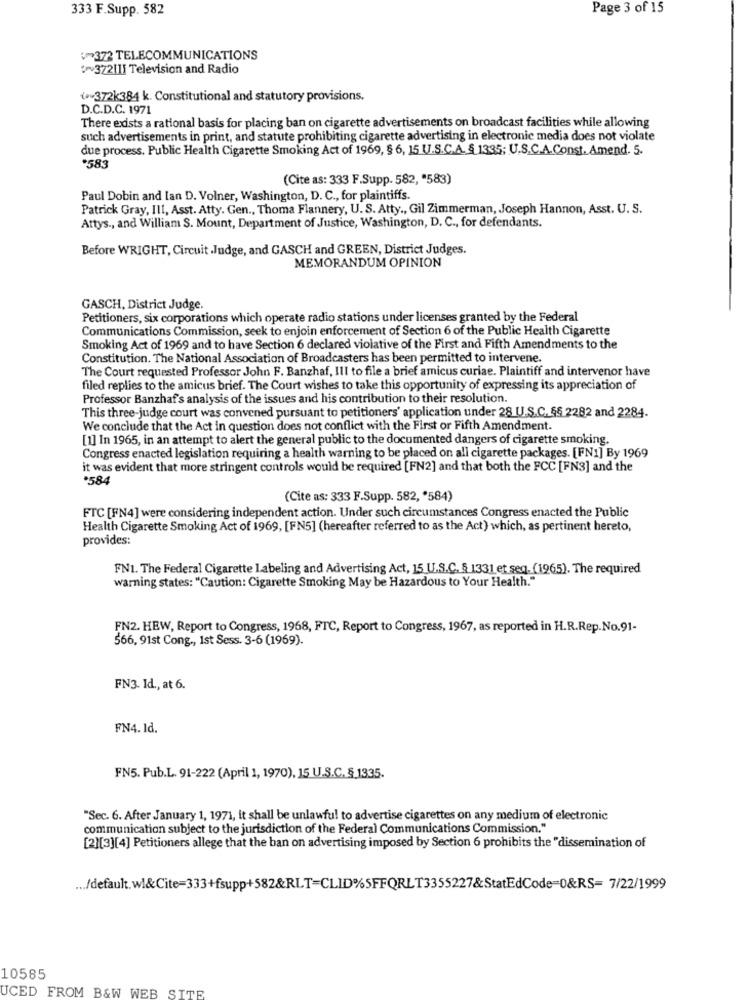
333 F.Supp. 582
Page 3 of 15
1372 TELECOMMUNICATIONS
:~ 372[1] Television and Radio
(-372k384 k. Constitutional and statutory provisions.
D.C.D.C. 1971
There exists a rational basis for placing ban on cigarette advertisements on broadcast facilities while allowing
such advertisements in print, and statute prohibiting cigarette advertising in electronic media does not violate
due process. Public Health Cigarette Smoking Act of 1969, § 6, 15 U.S.C.A. § 1335; U.S.C.A.Const. Amend. 5.
*583
(Cite as: 333 F.Supp. 582, "583)
Paul Dobin and lan D. Volner, Washington, D. C ., for plaintiffs.
Patrick Gray, III, Asst. Atty. Gen ., Thoma Flannery, U. S. Atty ., Gil Zimmerman, Joseph Hannon, Asst. U. S.
Attys ., and William S. Mount, Department of Justice, Washington, D. C ., for defendants.
Before WRIGHT, Circuit Judge, and GASCH and GREEN, District Judges.
MEMORANDUM OPINION
GASCH, District Judge.
Petitioners, six corporations which operate radio stations under licenses granted by the Federal
Communications Commission, seek to enjoin enforcement of Section 6 of the Public Health Cigarette
Smoking Act of 1969 and to have Section 6 declared violative of the First and Fifth Amendments to the
Constitution. The National Association of Broadcasters has been permitted to intervene.
The Court requested Professor John F. Banzhaf, Ill to file a brief amicus curiae. Plaintiff and intervenor have
filed replies to the amicus brief. The Court wishes to take this opportunity of expressing its appreciation of
Professor Banzhaf's analysis of the issues and his contribution to their resolution.
This three-judge court was convened pursuant to petitioners' application under 28 U.S.C. §§ 2282 and 2284.
We conclude that the Act in question does not conflict with the First or Fifth Amendment.
[1] In 1965, in an attempt to alert the general public to the documented dangers of cigarette smoking.
Congress enacted legislation requiring a health warning to be placed on all cigarette packages. [FN1] By 1969
it was evident that more stringent controls would be required [FN2] and that both the FCC [FN3] and the
*584
(Cite as: 333 F.Supp. 582, "584)
FTC [FN4] were considering independent action. Under such circumstances Congress enacted the Public
Health Cigarette Smoking Act of 1969, [FN5] (hereafter referred to as the Act) which, as pertinent hereto,
provides:
FN1. The Federal Cigarette Labeling and Advertising Act, 15 U.S.C. § 1331 et seq. (1965). The required
warning states: "Caution: Cigarette Smoking May be Hazardous to Your Health."
FN2. HEW, Report to Congress, 1968, FTC, Report to Congress, 1967, as reported in H.R.Rep.No.91-
566, 91st Cong ., 1st Sess. 3-6 (1969).
FN3. Id ., at 6.
FN4. Id.
FN5. Pub.L. 91-222 (April 1, 1970), 15 U.S.C.§ 1335.
"Sec. 6. After January 1, 1971, it shall be unlawful to advertise cigarettes on any medium of electronic
communication subject to the jurisdiction of the Federal Communications Commission."
[2][3][4] Petitioners allege that the ban on advertising imposed by Section 6 prohibits the "dissemination of
... /default. wl&Cite=333+fsupp+582&RLT=CLID%SFFQRLT3355227&StatEdCode=0&RS= 7/22/1999
10585
UCED FROM B&W WEB SITE